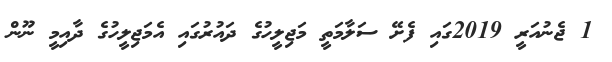
1 ޖެނުއަރީ 2019ގައި ފެށޭ ސަލާމަތީ މަޖިލީހުގެ ދައުރުގައި އެމަޖިލީހުގެ ދާއިމީ ނޫން